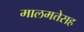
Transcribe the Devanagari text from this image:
मालमत्तेसह